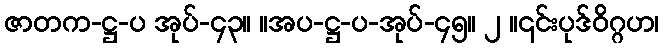
ဇာတက-ဋ္ဌ-ပ အုပ်-၄၃။ ။အပ-ဋ္ဌ-ပ-အုပ်-၄၅။ ၂ ။၎င်းပုဒ်ဝိဂ္ဂဟ၊